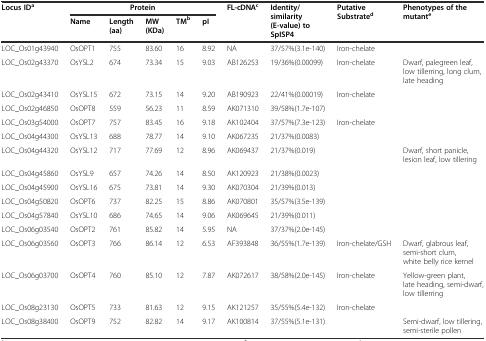
<table><thead><tr><td rowspan="2"><b>Locus ID<sup>a</sup></b></td><td colspan="5"><b>Protein</b></td><td rowspan="2"><b>FL-cDNA<sup>c</sup></b></td><td rowspan="2"><b>Identity/similarity (E-value) to SpISP4</b></td><td rowspan="2"><b>Putative Substrate<sup>d</sup></b></td><td rowspan="2"><b>Phenotypes of the mutant<sup>e</sup></b></td></tr><tr><td><b>Name</b></td><td><b>Length(aa)</b></td><td><b>MW (KDa)</b></td><td><b>TM<sup>b</sup></b></td><td><b>pI</b></td></tr></thead><tbody><tr><td>LOC_Os01g43940</td><td>OsOPT1</td><td>755</td><td>83.60</td><td>16</td><td>8.92</td><td>NA</td><td>37/57%(3.1e-140)</td><td>Iron-chelate</td><td></td></tr><tr><td>LOC_Os02g43370</td><td>OsYSL2</td><td>674</td><td>73.34</td><td>15</td><td>9.03</td><td>AB126253</td><td>19/36%(0.00099)</td><td>Iron-chelate</td><td>Dwarf, palegreen leaf, low tillerring, long clum, late heading</td></tr><tr><td>LOC_Os02g43410</td><td>OsYSL15</td><td>672</td><td>73.15</td><td>14</td><td>9.20</td><td>AB190923</td><td>22/41%(0.00019)</td><td>Iron-chelate</td><td></td></tr><tr><td>LOC_Os02g46850</td><td>OsOPT8</td><td>559</td><td>56.23</td><td>11</td><td>8.59</td><td>AK071310</td><td>39/58%(1.7e-107)</td><td></td><td></td></tr><tr><td>LOC_Os03g54000</td><td>OsOPT7</td><td>757</td><td>83.45</td><td>16</td><td>9.18</td><td>AK102404</td><td>37/57%(7.3e-123)</td><td>Iron-chelate</td><td></td></tr><tr><td>LOC_Os04g44300</td><td>OsYSL13</td><td>688</td><td>78.77</td><td>14</td><td>9.10</td><td>AK067235</td><td>21/37%(0.0083)</td><td></td><td></td></tr><tr><td>LOC_Os04g44320</td><td>OsYSL12</td><td>717</td><td>77.69</td><td>12</td><td>8.96</td><td>AK069437</td><td>21/37%(0.019)</td><td></td><td>Dwarf, short panicle, lesion leaf, low tillering</td></tr><tr><td>LOC_Os04g45860</td><td>OsYSL9</td><td>657</td><td>74.26</td><td>14</td><td>8.50</td><td>AK120923</td><td>21/38%(0.0023)</td><td></td><td></td></tr><tr><td>LOC_Os04g45900</td><td>OsYSL16</td><td>675</td><td>73.81</td><td>14</td><td>9.30</td><td>AK070304</td><td>21/39%(0.013)</td><td></td><td></td></tr><tr><td>LOC_Os04g50820</td><td>OsOPT6</td><td>737</td><td>82.25</td><td>15</td><td>8.86</td><td>AK070801</td><td>35/57%(3.5e-139)</td><td></td><td></td></tr><tr><td>LOC_Os04g57840</td><td>OsYSL10</td><td>686</td><td>74.65</td><td>14</td><td>9.06</td><td>AK069645</td><td>21/39%(0.011)</td><td></td><td></td></tr><tr><td>LOC_Os06g03540</td><td>OsOPT2</td><td>761</td><td>85.82</td><td>14</td><td>5.95</td><td>NA</td><td>37/37%(2.0e-145)</td><td></td><td></td></tr><tr><td>LOC_Os06g03560</td><td>OsOPT3</td><td>766</td><td>86.14</td><td>12</td><td>6.53</td><td>AF393848</td><td>36/55%(1.7e-139)</td><td>Iron-chelate/GSH</td><td>Dwarf, glabrous leaf, semi-short clum, white belly rice kernel</td></tr><tr><td>LOC_Os06g03700</td><td>OsOPT4</td><td>760</td><td>85.10</td><td>12</td><td>7.87</td><td>AK072617</td><td>38/58%(2.0e-145)</td><td>Iron-chelate</td><td>Yellow-green plant, late heading, semi-dwarf, low tillerring</td></tr><tr><td>LOC_Os08g23130</td><td>OsOPT5</td><td>733</td><td>81.63</td><td>12</td><td>9.15</td><td>AK121257</td><td>35/55%(5.4e-132)</td><td>Iron-chelate</td><td></td></tr><tr><td>LOC_Os08g38400</td><td>OsOPT9</td><td>752</td><td>82.82</td><td>14</td><td>9.17</td><td>AK100814</td><td>37/55%(5.1e-131)</td><td></td><td>Semi-dwarf, low tillering, semi-sterile pollen</td></tr></tbody></table>